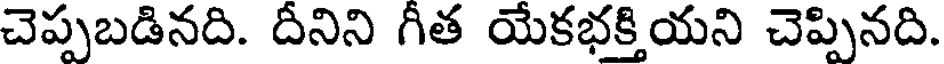
చెప్పబడినది. దీనిని గీత యేకభక్తియని చెప్పినది.